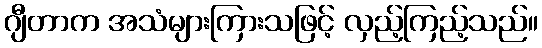
ဂျီတာက အသံများကြားသဖြင့် လှည့်ကြည့်သည်။